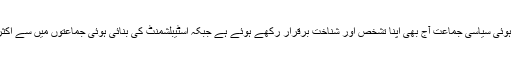
کیونکہ پچھلے 37 برس سے اس کی بنائی ہوئی سیاسی جماعت آج بھی اپنا تشخص اور شناخت برقرار رکھے ہوئے ہے جبکہ اسٹیبلشمنٹ کی بنائی ہوئی جماعتوں میں سے اکثر اب محض کاغذوں پر ہی باقی رہ گئی ہیں۔